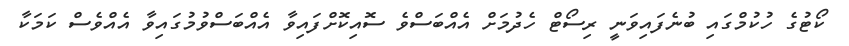
ކޯޓުގެ ހުކުމްގައި ބުނެފައިވަނީ ރިސޯޓް ހެދުމަށް އެއްބަސްވެ ސޮއިކޮށްފައިވާ އެއްބަސްވުމުގައިވާ އެއްވެސް ކަމަކާ